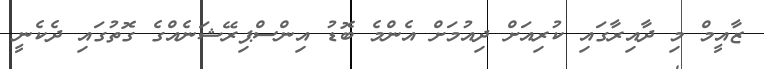
ޒާއީމް މި ދާއިރާގައި ކުރިއަށް ދިއުމަށް އެންމެ ބޮޑު އިންސްޕިރޭޝަނެއްގެ ގޮތުގައި ދެކެނީ